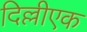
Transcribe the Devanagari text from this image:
दिल्लीएक